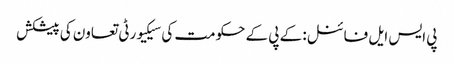
پی ایس ایل فائنل: کے پی کے حکومت کی سیکیورٹی تعاون کی پیشکش